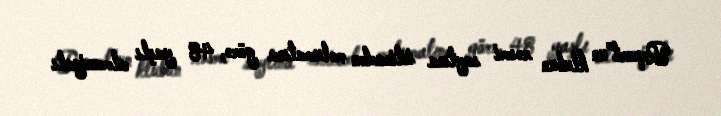
Report"un klubun rəsmi saytına istinadən məlumatına görə, 48 yaşlı almaniyalı